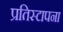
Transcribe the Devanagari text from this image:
प्रतिस्टापना